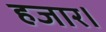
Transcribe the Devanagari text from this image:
हजार।